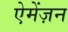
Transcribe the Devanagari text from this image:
ऐमेंज़न